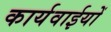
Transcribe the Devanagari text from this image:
कार्यवाईयों